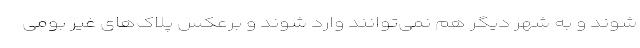
شوند و به شهر دیگر هم نمی‌توانند وارد شوند و برعکس پلاک‌های غیر بومی